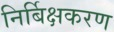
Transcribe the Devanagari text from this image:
निर्बिक्षकरण